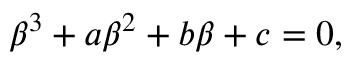
\begin{array} { r } { \beta ^ { 3 } + a \beta ^ { 2 } + b \beta + c = 0 , } \end{array}